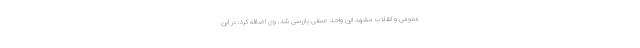
عمومی و انقلاب مشهد این واحد صنفی بازرسی شد. وی اضافه کرد: در این